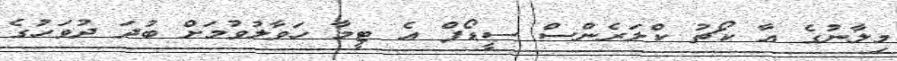
މިލާނުގެ އާ ކޯޗު ކްލަރެންސް ސީޑޯފް އެ ޓީމާ ހަވާލުވުމަށް ބުދަ ދުވަހުގެ